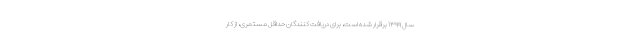
سال ۱۳۹۹ برقرار شده است، برای دریافت کنندگان حداقل مستمری، از کار